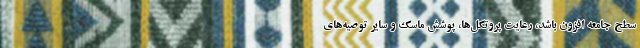
سطح جامعه افزون باشد، رعایت پروتکل‌ها، پوشش ماسک و سایر توصیه‌های